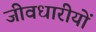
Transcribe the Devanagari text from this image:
जीवधारीयों